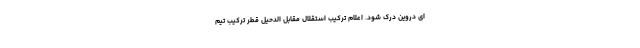
ای دروین درک شود. اعلام ترکیب استقلال مقابل الدحیل قطر ترکیب تیم